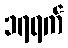
၁၇ရက်